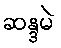
ဆန္ဒမဲ